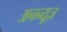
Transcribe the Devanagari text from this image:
अनन्यूज़